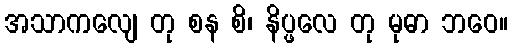
အသာကလျေ တု စန စိ၊ နိပ္ဖလေ တု မုဓာ ဘဝေ။